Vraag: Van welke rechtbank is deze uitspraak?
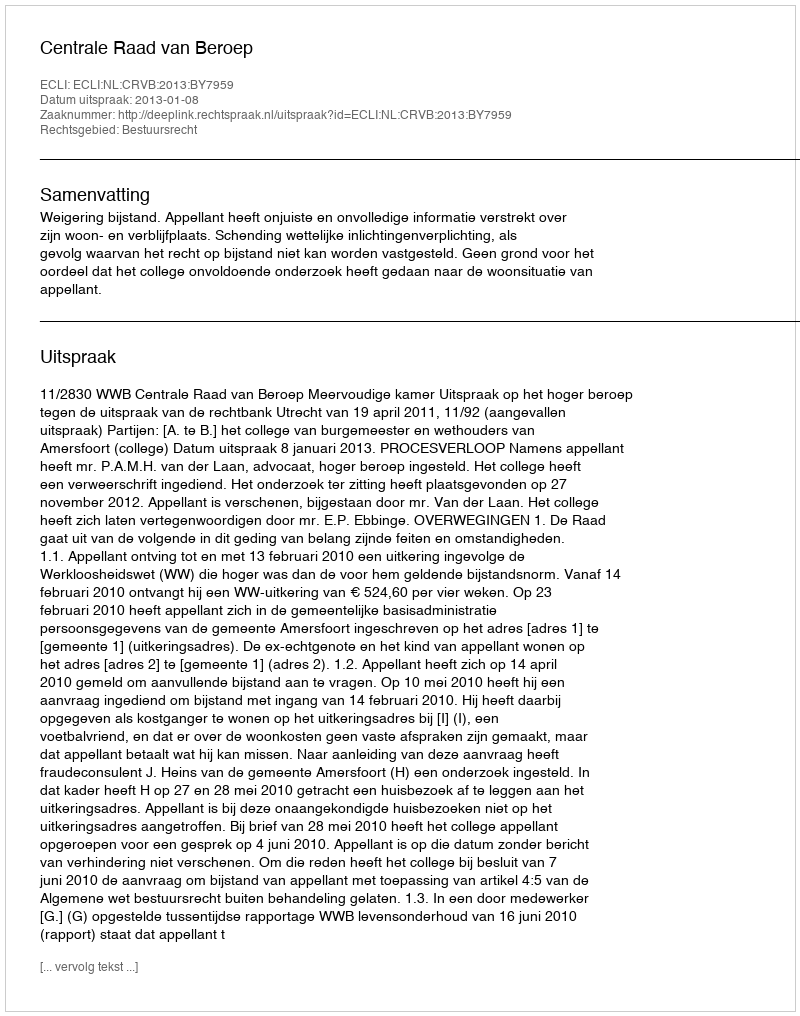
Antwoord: Centrale Raad van Beroep